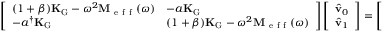
\left[ \begin{array} { l l } { ( 1 + \beta ) \mathbf { K } _ { \mathrm { G } } - \omega ^ { 2 } \mathbf { M } _ { \mathrm { ~ e ~ f ~ f ~ } } ( \omega ) } & { - a \mathbf { K } _ { \mathrm { G } } } \\ { - a ^ { \dagger } \mathbf { K } _ { \mathrm { G } } } & { ( 1 + \beta ) \mathbf { K } _ { \mathrm { G } } - \omega ^ { 2 } \mathbf { M } _ { \mathrm { ~ e ~ f ~ f ~ } } ( \omega ) } \end{array} \right] \left[ \begin{array} { l } { \hat { \mathbf { v } } _ { 0 } } \\ { \hat { \mathbf { v } } _ { 1 } } \end{array} \right] = \left[ \begin{array} { l } { \mathbf { 0 } } \\ { \mathbf { 0 } } \end{array} \right] \, ,